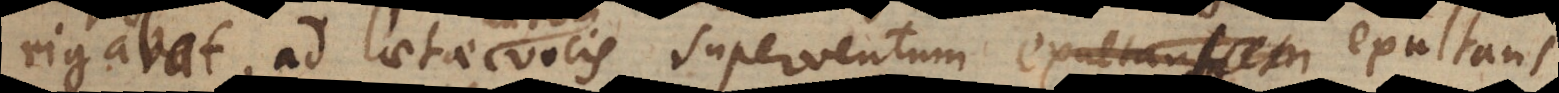
rigabat, ad laetae vocis superventum exultans